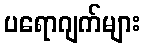
ပရောဂျက်များ